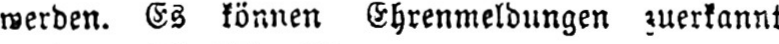
werden. Es können Ehrenmeldungen zuerkannt